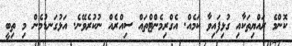
ކޮންމެ ރައްޔިތަކާއި ގުޅިފައިވާ ކަމެއް. އެގްރިމެންޓްތައް ސިއްރެއް ނުކުރެވޭނެ. އަޅުގަނޑުމެން މި ތިބީ